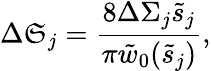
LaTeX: \Delta\mathfrak{S}_{j}=\frac{{8\Delta\Sigma_{j}\tilde{{s}}_{j}}}{{\pi\tilde{{w}}_{0}(\tilde{{s}}_{j})}},